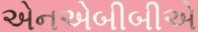
એનએબીબીએ